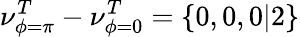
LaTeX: \nu_{\phi=\pi}^{T}-\nu_{\phi=0}^{T}=\{ 0,0,0|2\}